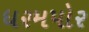
ધરમપોર